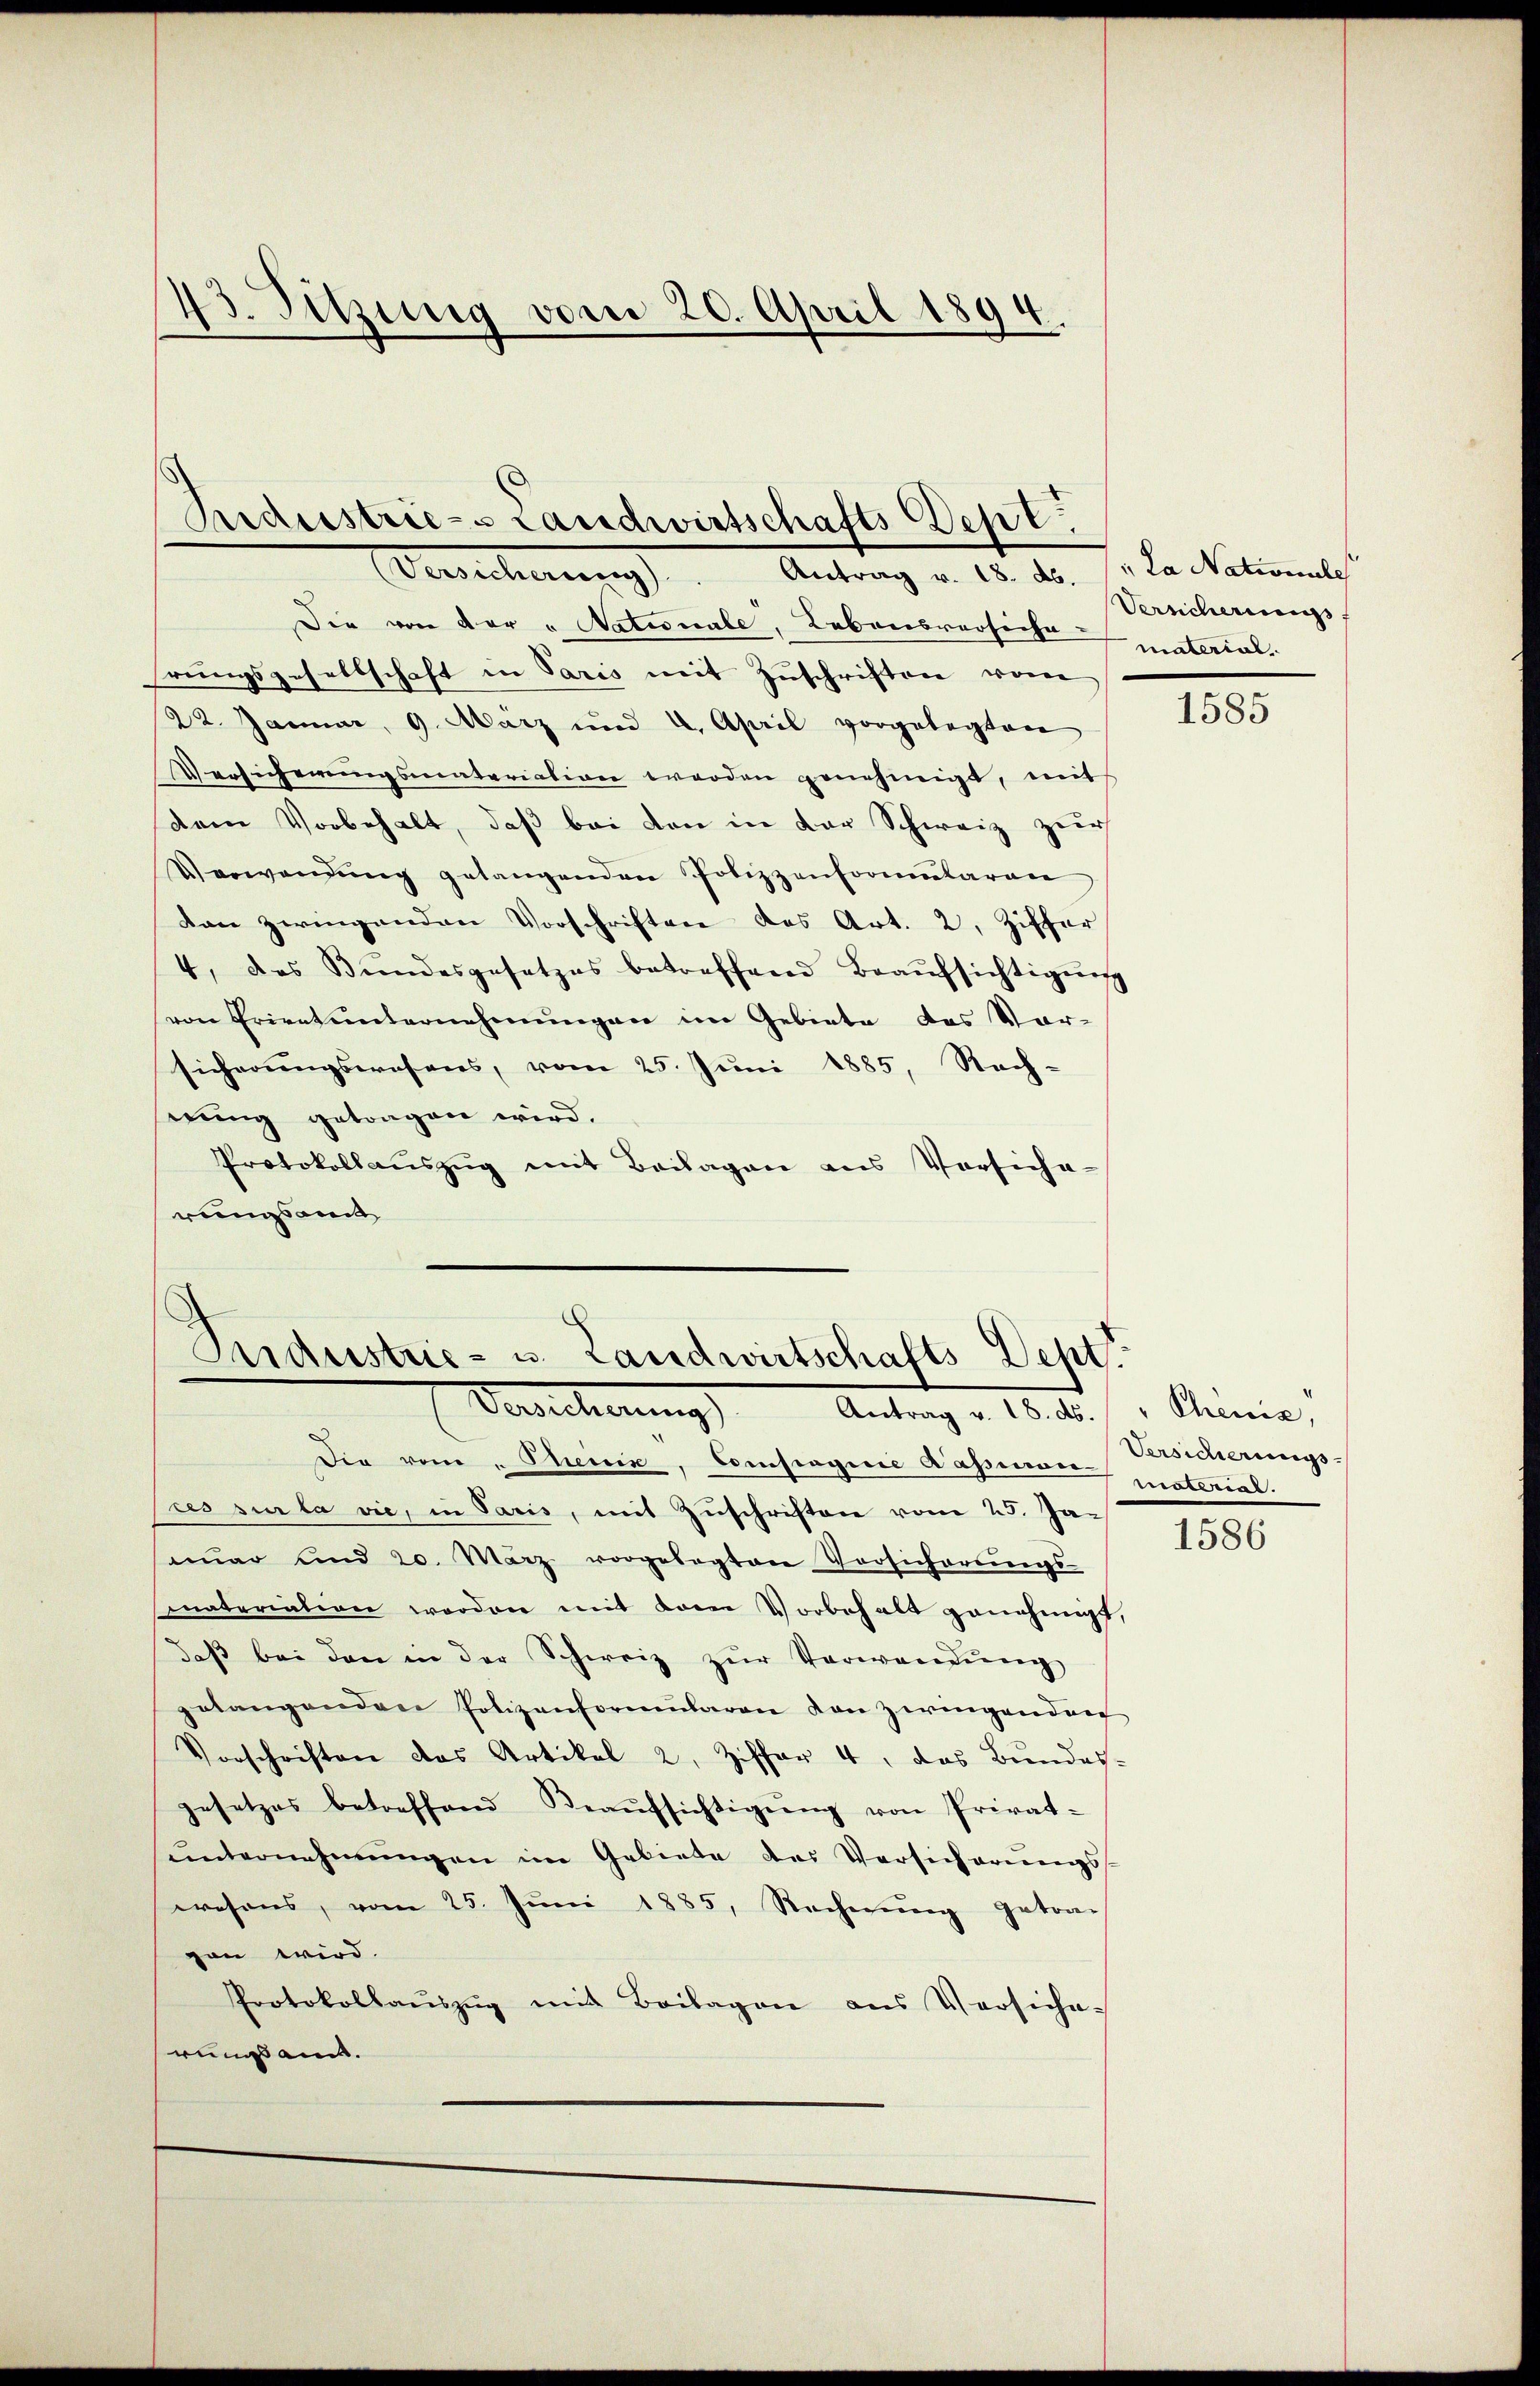
d
3. Sitzung vom 20. April 1894.

Industries Landwirtschafts Dept.
Gerechnung       Antrag v. 15. d. J. da dationale

Die von der " Nationale, Lebensversiche materialrungsgesellschaft in Paris mit Zuschriften vom
22. Januar, 9. März und 4. April vorgelegten
Versicherŭngsmateriation werden genehmigt, mit
dem Vorbehalt, daß bei den in der Schweiz zur
Verwendŭng gelangenden Polizzenformularen
dan zwingenden Vorschriften des Art. 2, Ziffer
4. das Bŭndesgesetzes betreffend Beaŭfsichtigŭng
von Eriret unternehmungen im Gebiete des Vor-
sicherungswesens, vom 25. Juni 1885, Rach-
wung getragen wird.
Protokollaŭszŭg mit Beilagen aus Vorsiche-
rungsamt

Pardustrie- u. Landwirtschafts-Dept
Versicherung
Antrag v. 18. d.

Die vom „Thenin, Compagnie Kassian-Versicherungs-
pres sur la vie, in Paris, mit Zuschriften vom 25. Ja-
mar und 20. März vorgelegten Versicherŭngs-
materiation worden mit dem Vorbehalt genehmigt,
daβ bei den in der Schweiz zŭr Verwandŭng
elangenden Polizenformŭlaren von zwingenden
Vorschriften das Artikel 2, Ziffer 4, das Bundes.
gesetzes betreffend Beaŭfsichtigŭng von Privat-
ŭnternehmungen im Gebiete des Versicherŭngs-
wesens, vom 25. Juni 1885, Rechnung getra-
gen wird.
Protokollaŭszŭg mit Beilagen aus Versiche-
runs aus.

Versicherungs.

1585

Chenia,
material.

1586